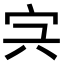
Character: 𡧐